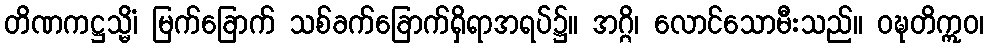
တိဏကဋ္ဌသ္မိံ၊ မြက်ခြောက် သစ်ခက်ခြောက်ရှိရာအရပ်၌။ အဂ္ဂိ၊ လောင်သောမီးသည်။ ဝဍ္ဎတိဣဝ၊